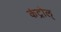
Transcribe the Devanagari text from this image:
कंट्रोल्